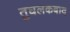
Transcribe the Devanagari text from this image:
तुघलकबाद